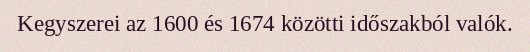
Kegyszerei az 1600 és 1674 közötti időszakból valók.